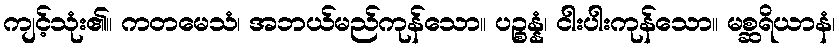
ကျင့်သုံး၏။ ကတမေသံ၊ အဘယ်မည်ကုန်သော။ ပဉ္စန္နံ၊ ငါးပါးကုန်သော။ မစ္ဆရိယာနံ၊